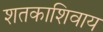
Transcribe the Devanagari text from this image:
शतकाशिवाय